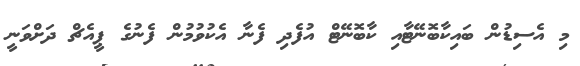
މި އެސިޑުން ބައިކާބޮނޭޓާއި ކާބޮނޭޓް އުފެދި ފެނާ އެކުވުމުން ފެނުގެ ޕީއެޗް ދަށްވަނީ